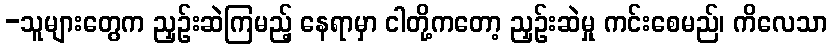
-သူများတွေက ညှဉ်းဆဲကြမည့် နေရာမှာ ငါတို့ကတော့ ညှဉ်းဆဲမှု ကင်းစေမည်၊ ကိလေသာ